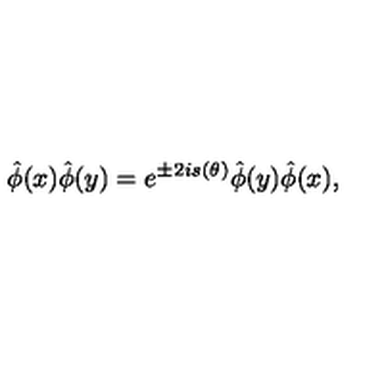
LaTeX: \hat { \phi } ( x ) \hat { \phi } ( y ) = e ^ { \pm 2 i s ( \theta ) } \hat { \phi } ( y ) \hat { \phi } ( x ) ,